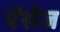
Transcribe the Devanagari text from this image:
पॅसेज